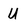
Character: U